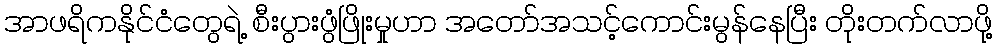
အာဖရိကနိုင်ငံတွေရဲ့ စီးပွားဖွံဖြိုးမှုဟာ အတော်အသင့်ကောင်းမွန်နေပြီး တိုးတက်လာဖို့